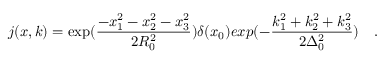
j ( x , k ) = \exp ( \frac { - x _ { 1 } ^ { 2 } - x _ { 2 } ^ { 2 } - x _ { 3 } ^ { 2 } } { 2 R _ { 0 } ^ { 2 } } ) \delta ( x _ { 0 } ) e x p ( - \frac { k _ { 1 } ^ { 2 } + k _ { 2 } ^ { 2 } + k _ { 3 } ^ { 2 } } { 2 \Delta _ { 0 } ^ { 2 } } ) ~ ~ ~ .